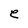
Character: e